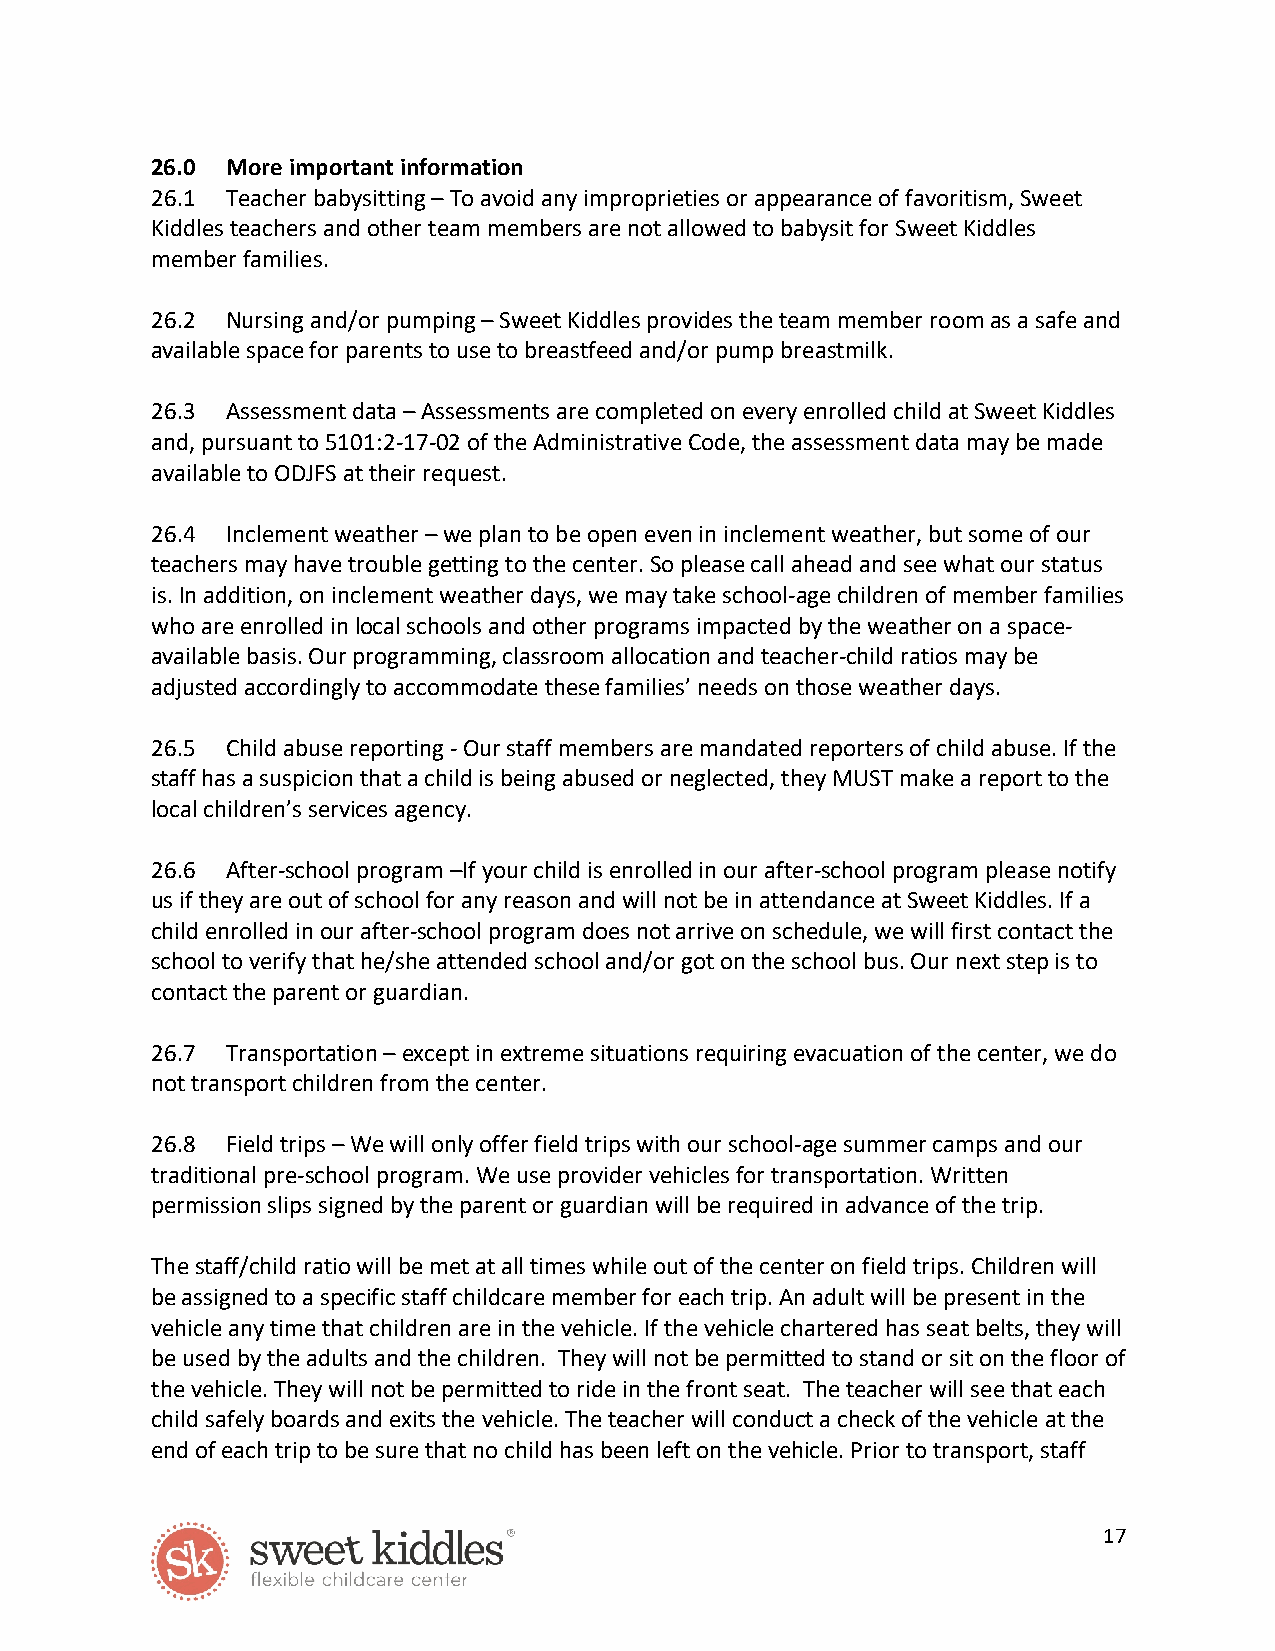
26.0 More important information
 26.1 Teacher babysitting – To avoid any improprieties or appearance of favoritism, Sweet
 Kiddles teachers and other team members are not allowed to babysit for Sweet Kiddles
 member families.
 26.2 Nursing and/or pumping – Sweet Kiddles provides the team member room as a safe and
 available space for parents to use to breastfeed and/or pump breastmilk.
 26.3 Assessment data – Assessments are completed on every enrolled child at Sweet Kiddles
 and, pursuant to 5101:2-17-02 of the Administrative Code, the assessment data may be made
 available to ODJFS at their request.
 26.4 Inclement weather – we plan to be open even in inclement weather, but some of our
 teachers may have trouble getting to the center. So please call ahead and see what our status
 is. In addition, on inclement weather days, we may take school-age children of member families
 who are enrolled in local schools and other programs impacted by the weather on a space-
 available basis. Our programming, classroom allocation and teacher-child ratios may be
 adjusted accordingly to accommodate these families’ needs on those weather days.
 26.5 Child abuse reporting - Our staff members are mandated reporters of child abuse. If the
 staff has a suspicion that a child is being abused or neglected, they MUST make a report to the
 local children’s services agency.
 26.6 After-school program –If your child is enrolled in our after-school program please notify
 us if they are out of school for any reason and will not be in attendance at Sweet Kiddles. If a
 child enrolled in our after-school program does not arrive on schedule, we will first contact the
 school to verify that he/she attended school and/or got on the school bus. Our next step is to
 contact the parent or guardian.
 26.7 Transportation – except in extreme situations requiring evacuation of the center, we do
 not transport children from the center.
 26.8 Field trips – We will only offer field trips with our school-age summer camps and our
 traditional pre-school program. We use provider vehicles for transportation. Written
 permission slips signed by the parent or guardian will be required in advance of the trip.
 The staff/child ratio will be met at all times while out of the center on field trips. Children will
 be assigned to a specific staff childcare member for each trip. An adult will be present in the
 vehicle any time that children are in the vehicle. If the vehicle chartered has seat belts, they will
 be used by the adults and the children. They will not be permitted to stand or sit on the floor of
 the vehicle. They will not be permitted to ride in the front seat. The teacher will see that each
 child safely boards and exits the vehicle. The teacher will conduct a check of the vehicle at the
 end of each trip to be sure that no child has been left on the vehicle. Prior to transport, staff
 17